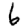
Digit: 6